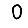
Digit: 0